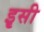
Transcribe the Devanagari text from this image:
इृसी